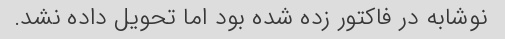
نوشابه در فاکتور زده شده بود اما تحویل داده نشد.